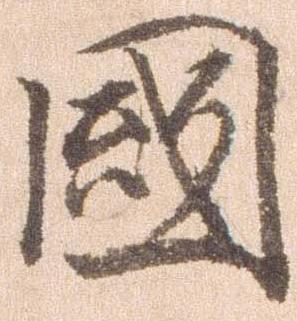
国